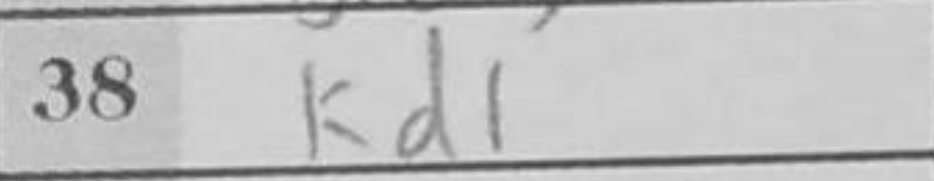
Transcription: Kd1